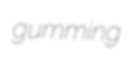
gumming